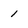
Character: 1